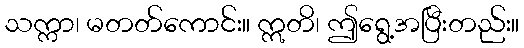
သက္ကာ၊ မတတ်ကောင်း။ ဣတိ၊ ဤရွေ့အပြီးတည်း။